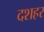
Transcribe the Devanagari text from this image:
दशहर